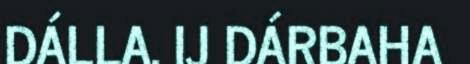
DÁLLA. IJ DÁRBAHA